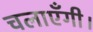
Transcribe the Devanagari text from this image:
चलाएँगी।